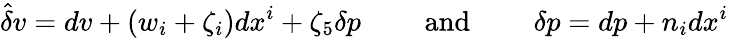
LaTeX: \hat{\delta}v=dv+(w_{i}+\zeta_{i})dx^{i}+\zeta_{5}\delta p\qquad\mathrm{~and~}\qquad\delta p=dp+n_{i}dx^{i}